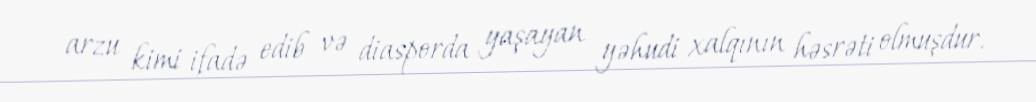
arzu kimi ifadə edib və diasporda yaşayan yəhudi xalqının həsrəti olmuşdur.